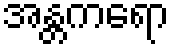
အန္တကရော